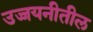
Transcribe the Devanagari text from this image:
उज्जयनीतील